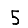
Digit: 5